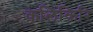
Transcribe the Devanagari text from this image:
कलिकिरि